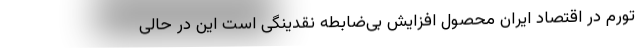
تورم در اقتصاد ایران محصول افزایش بی‌ضابطه نقدینگی است این در حالی